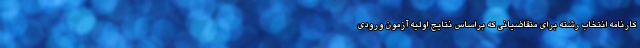
کارنامه انتخاب رشته برای متقاضیانی که براساس نتایج اولیه آزمون ورودی